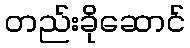
တည်းခိုဆောင်